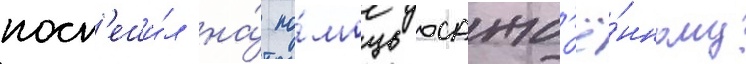
посп'еши́л на́ по́мощь осажд'ё́нному